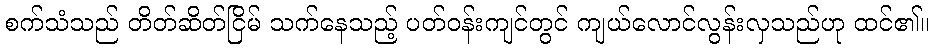
စက်သံသည် တိတ်ဆိတ်ငြိမ် သက်နေသည့် ပတ်ဝန်းကျင်တွင် ကျယ်လောင်လွန်းလှသည်ဟု ထင်၏။